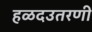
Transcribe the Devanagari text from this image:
हळदउतरणी